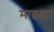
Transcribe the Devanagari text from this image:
माझ्ह्या